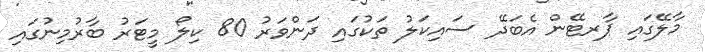
މާލޭގައި ޕާރޓޭން އެބަދޭ ސައިކަލު ތަކުގައި ދަންވަރު 80 ކިލޯ މީޓަރު ބާރުމިނުގައި